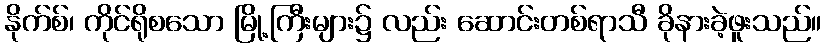
နိုက်စ်၊ ကိုင်ရိုစသော မြို့ကြီးများ၌ လည်း ဆောင်းတစ်ရာသီ ခိုနားခဲ့ဖူးသည်။